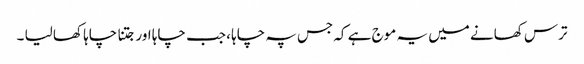
ترس کھانے میں یہ موج ہے کہ جس پہ چاہا ، جب چاہا اور جتنا چاہا کھا لیا ۔